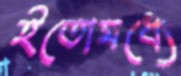
ইতোমধ্যে